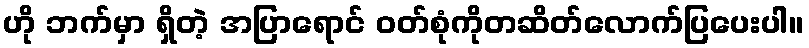
ဟို ဘက်မှာ ရှိတဲ့ အပြာရောင် ဝတ်စုံကိုတဆိတ်လောက်ပြပေးပါ။